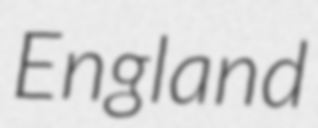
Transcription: England